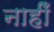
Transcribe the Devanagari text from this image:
नाहीँ